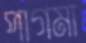
পাগমা